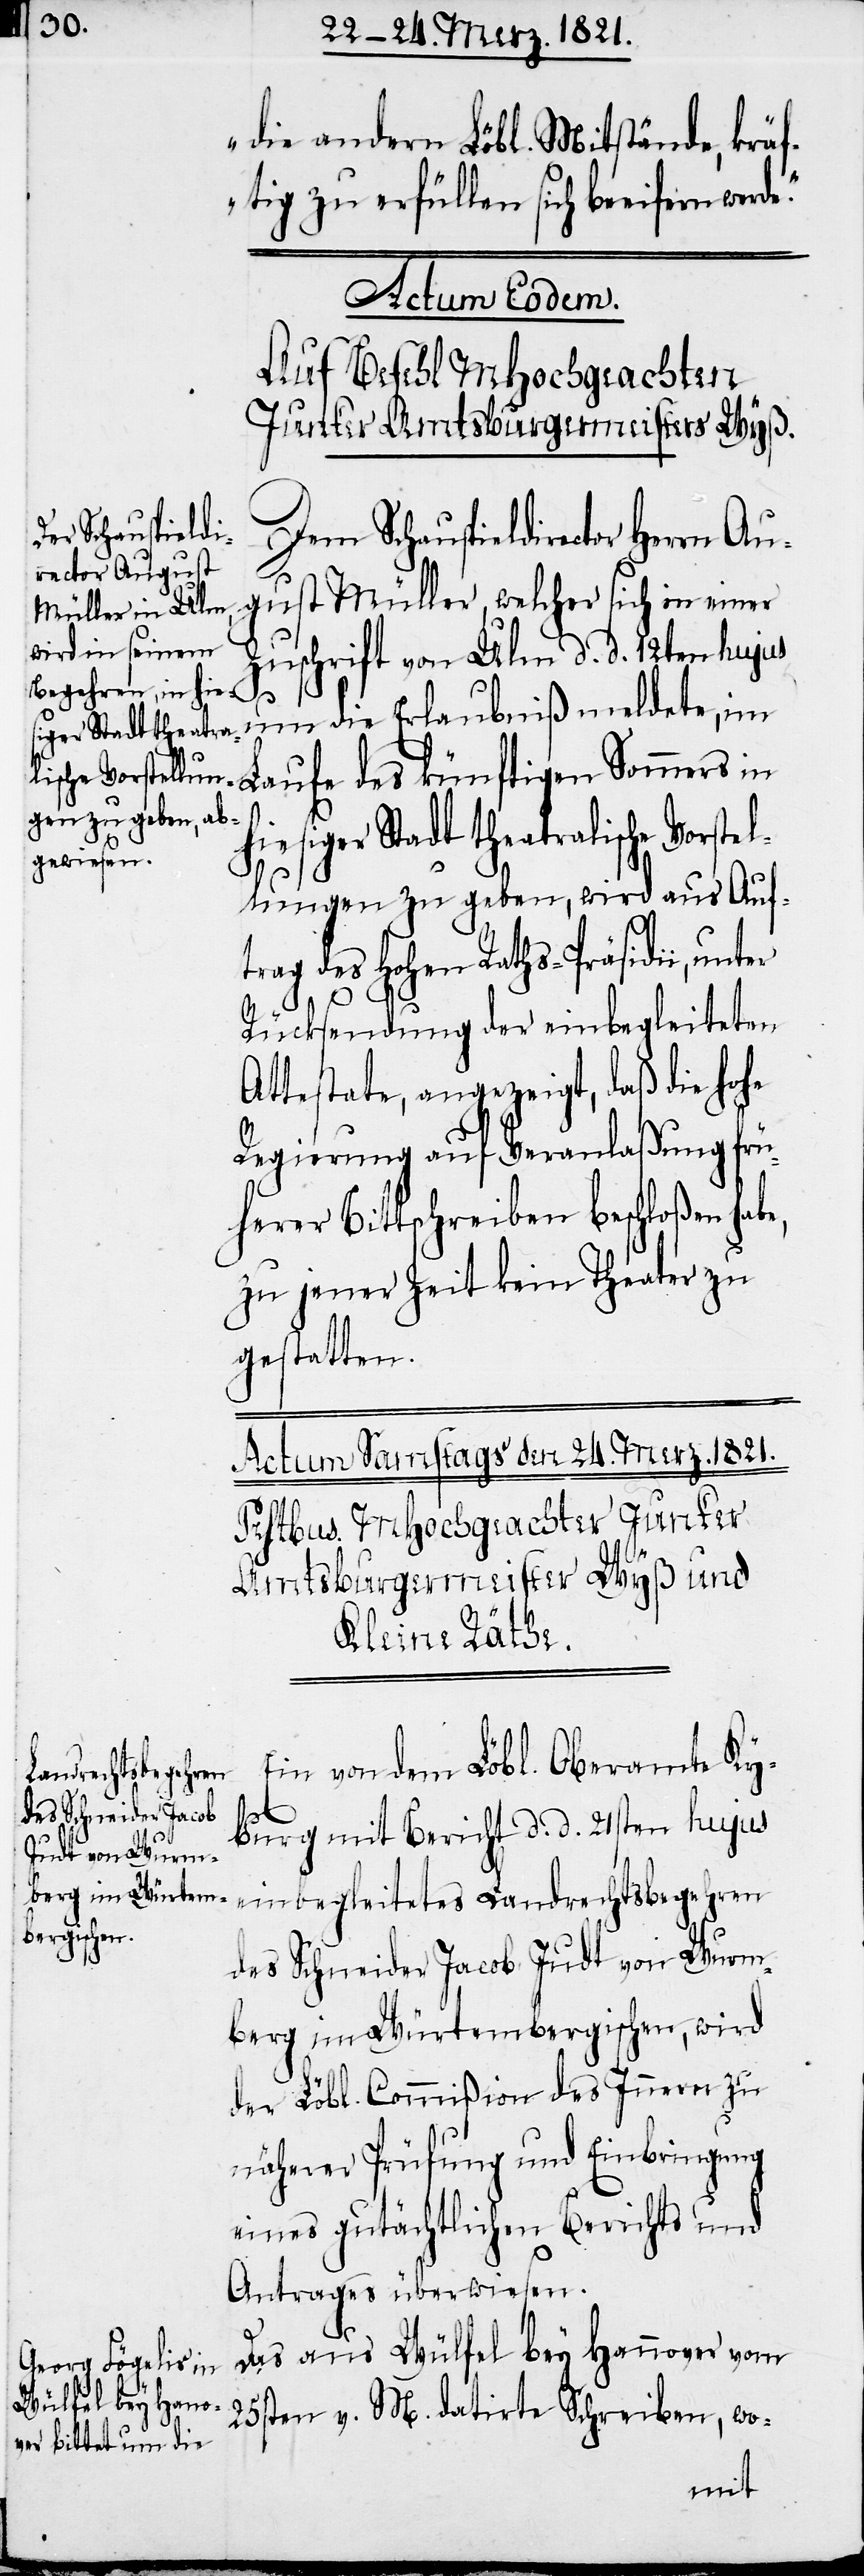
die andern Löbl. Mitstände, kräf¬
tig zu erfüllen sich beeifern
Actum Eodem.
Auf Befehl MHochgeachten
Junker Amtsburgermeisters Wyß.
Dem Schauspieldi¬
gust Müller, welcher sich in einer
Zuschrift von Ulm d. d. 12ten hujus
um die Erlaubniß meldete, im
hiesiger Stadt theatralische Vorstel¬
lungen zu geben, wird aus Auf¬
trag des hohen Raths-Präsidii, unter
Rücksendung der einbegleiteten
Attestate, angezeigt, daß die hohe
Regierung auf Veranlaßung frü¬
herer Bittschreiben beschloßen hab¬
zu jener Zeit kein Theater zu
gestatten.
Ein von dem Löbl. Oberamte Ky¬
des Schneider Jacob
e,
burg mit Bericht d. d. 21sten hujus
Judt von Wurm¬
einbegleitetes Landrechtsbegehren
berg im Würtembergischen, wird
der Löbl. Commißion des Innern zu
näherer Prüfung und Einbringung
eines gutächtlichen Berichts und
Antrages überwiesen.
Das aus Wülfel bey Hannover vom
25sten v. M. datirte Schreiben, wo-